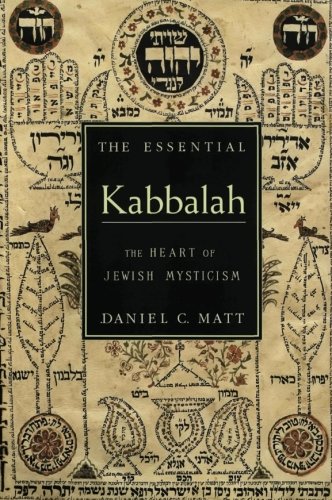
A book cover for The Essential Kabbalah: The Heart of Jewish Mysticism; Daniel C. Matt; Religion & Spirituality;